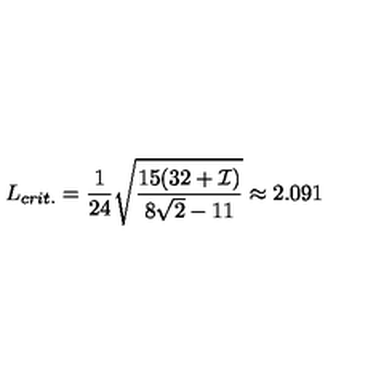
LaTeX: L _ { c r i t . } = \frac { 1 } { 2 4 } \sqrt { \frac { 1 5 ( 3 2 + { \cal I } ) } { 8 \sqrt { 2 } - 1 1 } } \approx 2 . 0 9 1